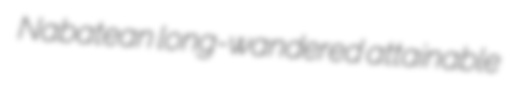
Nabatean long-wandered attainable